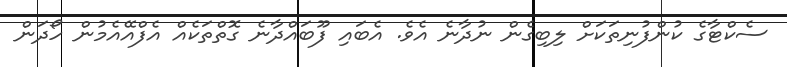
ސެކްޓާގެ ކުންފުނިތަކަށް ލިބިގެން ނުދާނެ އެވެ. އެބައި ފޫބައްދާނެ ގޮތްތަކެއް އެފްއޭއެމުން ހޯދަން